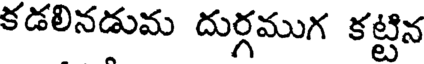
కడలినడుమ దుర్గముగ కట్టిన